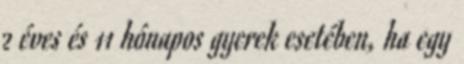
2 éves és 11 hónapos gyerek esetében, ha egy